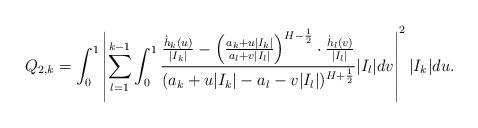
LaTeX: \begin{align*}Q_{2,k}=\int_{0}^{1}\left|\sum_{l=1}^{k-1}\int_{0}^{1}\frac{\frac{\dot{h}_{k}(u)}{|I_{k}|}-\left(\frac{a_{k}+u|I_{k}|}{a_{l}+v|I_{l}|}\right)^{H-\frac{1}{2}}\cdot\frac{\dot{h}_{l}(v)}{|I_{l}|}}{(a_{k}+u|I_{k}|-a_{l}-v|I_{l}|)^{H+\frac{1}{2}}}|I_{l}|dv\right|^{2}|I_{k}|du.\end{align*}